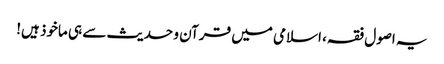
یہ اصول فقہ، اسلامی میں قرآن و حدیث سے ہی ماخوذ ہیں!